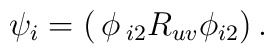
\psi_i=\left(\begin{matrix}\phi_{i2}\\R_{uv}\phi_{i2}\end{matrix}\right).